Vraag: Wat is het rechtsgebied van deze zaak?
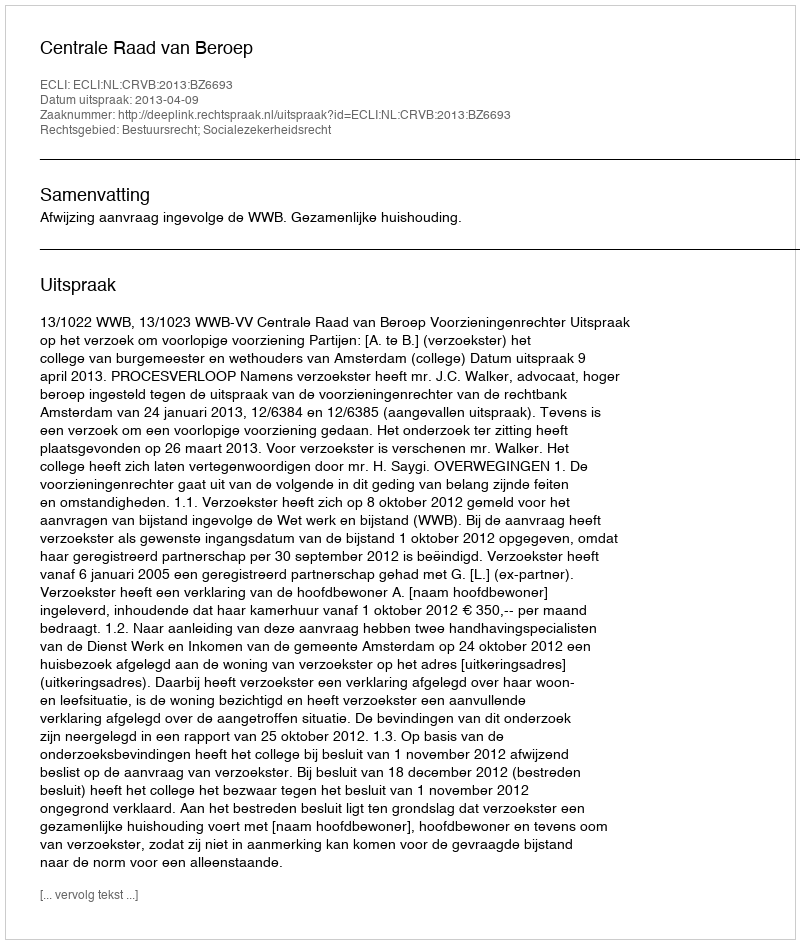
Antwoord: Bestuursrecht; Socialezekerheidsrecht